Vaccine operations Central Provinces 1900-1911 - 1900-1911
Year: 1900
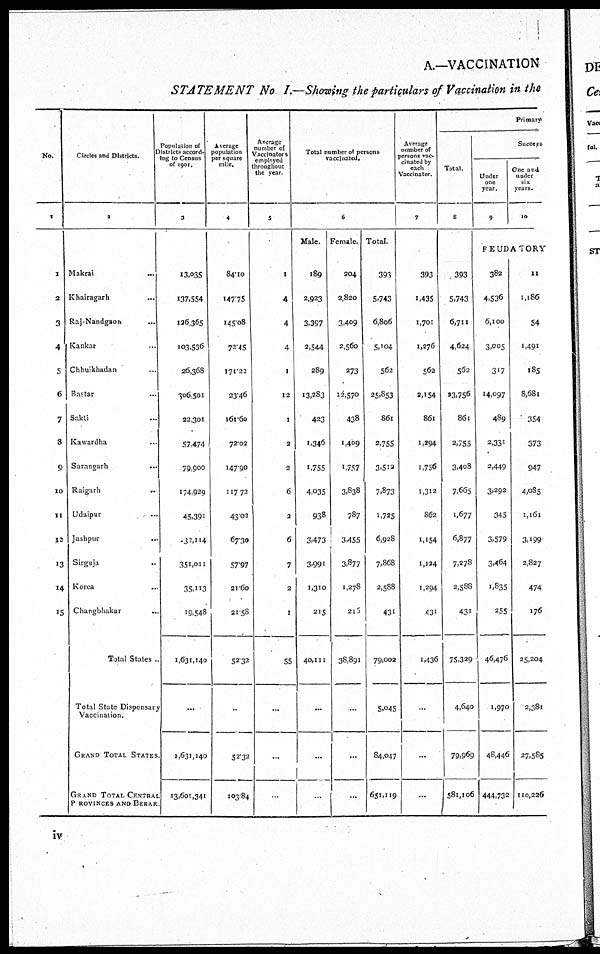
A.—VACCINATION
STATEMENT No I.—Showing the particulars of Vaccination in the
No.
1
1
2
3
4
5
6
7
8
9
10
11
12
13
14
15
Circles and Districts.
2
Makrai
...
Khairagarh ...
Raj-Nandgaon ...
Kankar ...
Chhuikhadan ...
Bastar ...
Sakti ...
Kawardha ...
Sarangarh
...
Raigarh
...
Udaipur ...
Jashpur
...
Sirguja ...
Korea ...
Changbhakar ...
Total States ...
Total State Dispensary
Vaccination.
GRAND TOTAL STATES
GRAND TOTAL CENTRAL
PROVINCES AND BERAR
Population of
Districts accord-
ing to Census
of 1901.
3
13,035
137,554
126,365
103,536
26,368
606,501
22,301
57,474
79,900
174,929
45,391
31,114
351,011
35,113
19,548
1,631,140
...
1,631,140
13,601,341
Average
population
per square
mile.
4
84.10
147.75
145.08
72.45
171.22
23.46
161.60
72.02
147.90
117.72
43.02
67.30
57.97
21.60
21.58
52.32
...
52.32
103.84
Average
number of
Vaccinators
employed
throughout
the year.
5
1
4
4
4
1
12
1
2
2
6
2
6
7
2
1
55
...
...
...
Total number of persons
vaccinated.
6
Male.
189
2,923
3,397
2,544
289
13,283
423
1,346
1,755
4,035
938
3,473
3,991
1,310
215
40,111
...
...
...
Female.
204
2,820
3,409
2,560
273
12,570
438
1,409
1,757
3,838
787
3,455
3,877
1,278
215
38,891
...
...
...
Total.
390
5,743
6,806
5,104
562
25,853
861
2,755
3,512
7,873
1,725
6,928
7,868
2,588
431
79,002
5,045
84,047
651,119
Average
number of
persons vac-
cinated by
each
Vaccinator.
7
393
1,435
1,701
1,276
562
2,154
861
1,294
1,756
1,312
862
1,154
1,124
1,294
431
1,436
...
...
...
Primary
Total.
8
393
5,743
6,711
4,624
562
23,756
861
2,755
3,408
7,665
1,677
6,877
7,278
2,588
431
75,329
4,640
79,969
581,106
Success
Under
one
year.
9
One and
under
six
years.
10
FEUDATORY
382
4,536
6,100
3,005
317
14,097
489
2,331
2,449
3,292
345
3,579
3,464
1,835
255
46,476
1,970
48,446
444,732
11
1,186
54
1,491
185
8,681
354
373
947
4,085
1,161
3,199
2,827
474
176
25,204
2,381
27,585
110,226
iv